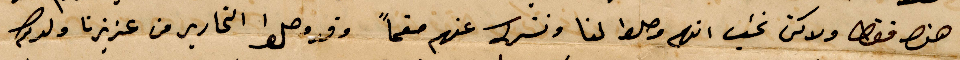
هذا فقط ولاكن نحب انهم وصلوا لنا ونشكر عنهم صفحًا وقد وصلوا التحارير من عزيزنا ولدكم